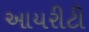
આયરીટી